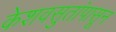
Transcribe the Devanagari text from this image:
केशवसुतांपासून